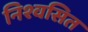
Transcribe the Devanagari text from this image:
निश्वसित